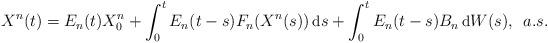
LaTeX: \begin{align*}\small X^n(t) = E_n(t)X_0^n + \int_0^t E_n(t-s) F_n(X^n(s)) \, \mbox{d}s + \int_0^t E_n(t-s) B_n \, \mbox{d} W(s), \: \: a.s.\end{align*}